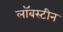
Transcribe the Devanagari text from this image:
लॉबस्टीन